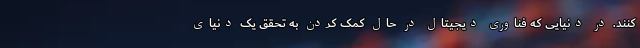
کنند. در دنیایی که فناوری دیجیتال در حال کمک کردن به تحقق یک دنیای